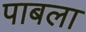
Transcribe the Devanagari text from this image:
पाबला